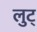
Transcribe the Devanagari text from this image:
लुट्